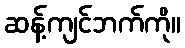
ဆန့်ကျင်ဘက်ကို။